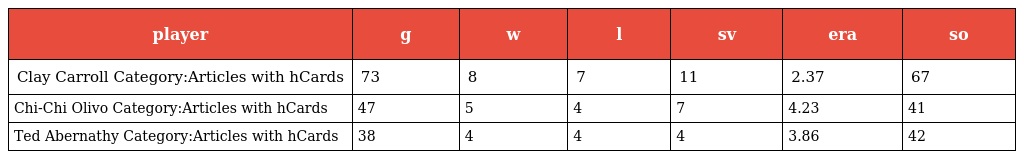
| player | g | w | l | sv | era | so |
 | --- | --- | --- | --- | --- | --- | --- |
 | Clay Carroll Category:Articles with hCards | 73 | 8 | 7 | 11 | 2.37 | 67 |
 | Chi-Chi Olivo Category:Articles with hCards | 47 | 5 | 4 | 7 | 4.23 | 41 |
 | Ted Abernathy Category:Articles with hCards | 38 | 4 | 4 | 4 | 3.86 | 42 |